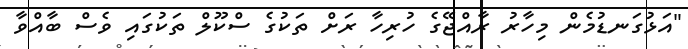
"އަޅުގަނޑުމެން މިހާރު ރާއްޖޭގެ ހުރިހާ ރަށް ތަކުގެ ސްކޫލް ތަކުގައި ވެސް ބާއްވާ